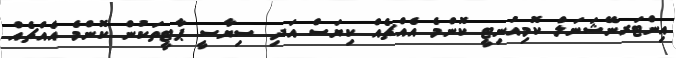
އިންޓަރނޭޝަނަލް ކޮމިއުނިޓީ ކޮންމެ އެއްޗެއް ކިޔަސް އަދި ސިޔާސީ ޕާޓީތަކުން ކޮންމެ އެއްޗެއް